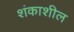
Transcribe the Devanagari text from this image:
शंकाशील